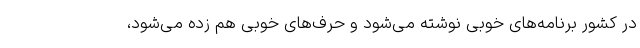
در کشور برنامه‌های خوبی نوشته می‌شود و حرف‌های خوبی هم زده می‌شود،